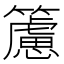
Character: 𥶌